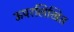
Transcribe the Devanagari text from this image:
ऊपरलिखित